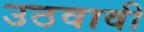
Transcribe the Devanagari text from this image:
उठवावी